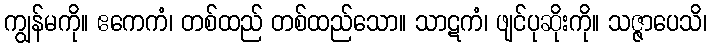
ကျွန်မကို။ ဧကေကံ၊ တစ်ထည် တစ်ထည်သော။ သာဋကံ၊ ဖျင်ပုဆိုးကို။ သဇ္ဇာပေသိ၊